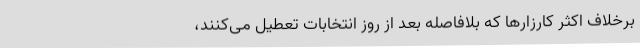
برخلاف اکثر کارزارها که بلافاصله بعد از روز انتخابات تعطیل می‌کنند،